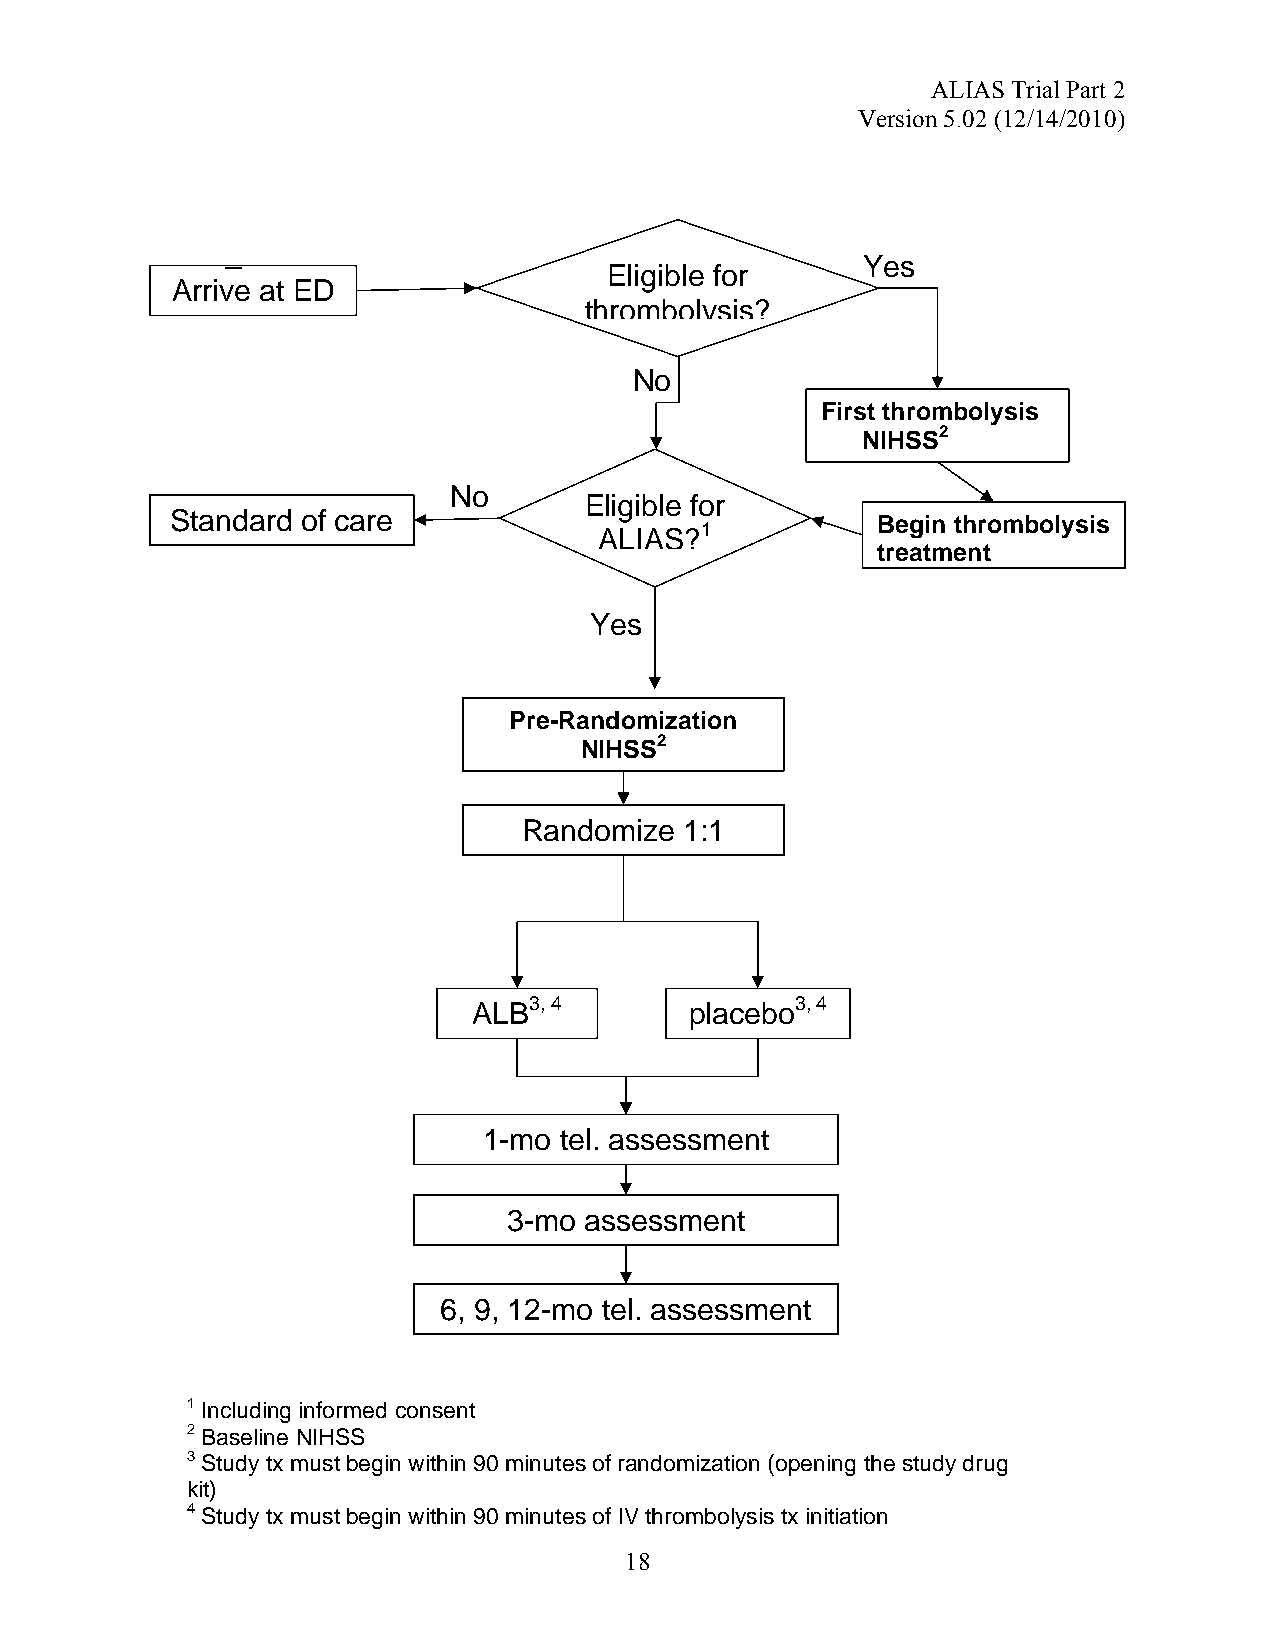
ALIAS Trial Part 2
 Version 5.02 (12/14/2010)
 –                                         Yes
 Eligible for
 Arrive at ED
 thrombolysis?
 No
 First thrombolysis
 NIHSS2
 No
 Eligible for
 Standard of care                               Begin thrombolysis
 1
 ALIAS?
 treatment
 Yes
 Pre-Randomization
 NIHSS2
 Randomize 1:1
 3, 4              3, 4
 ALB            placebo
 1-mo tel. assessment
 3-mo assessment
 6, 9, 12-mo tel. assessment
 1 Including informed consent
 2 Baseline NIHSS
 3 Study tx must begin within 90 minutes of randomization (opening the study drug
 kit)
 4 Study tx must begin within 90 minutes of IV thrombolysis tx initiation
 18